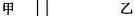
甲 乙